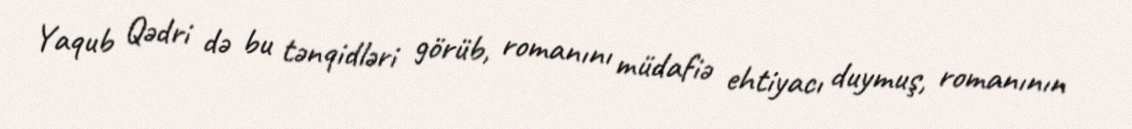
Yaqub Qədri də bu tənqidləri görüb, romanını müdafiə ehtiyacı duymuş, romanının